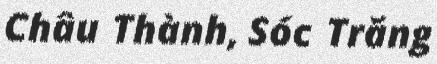
Châu Thành, Sóc Trăng